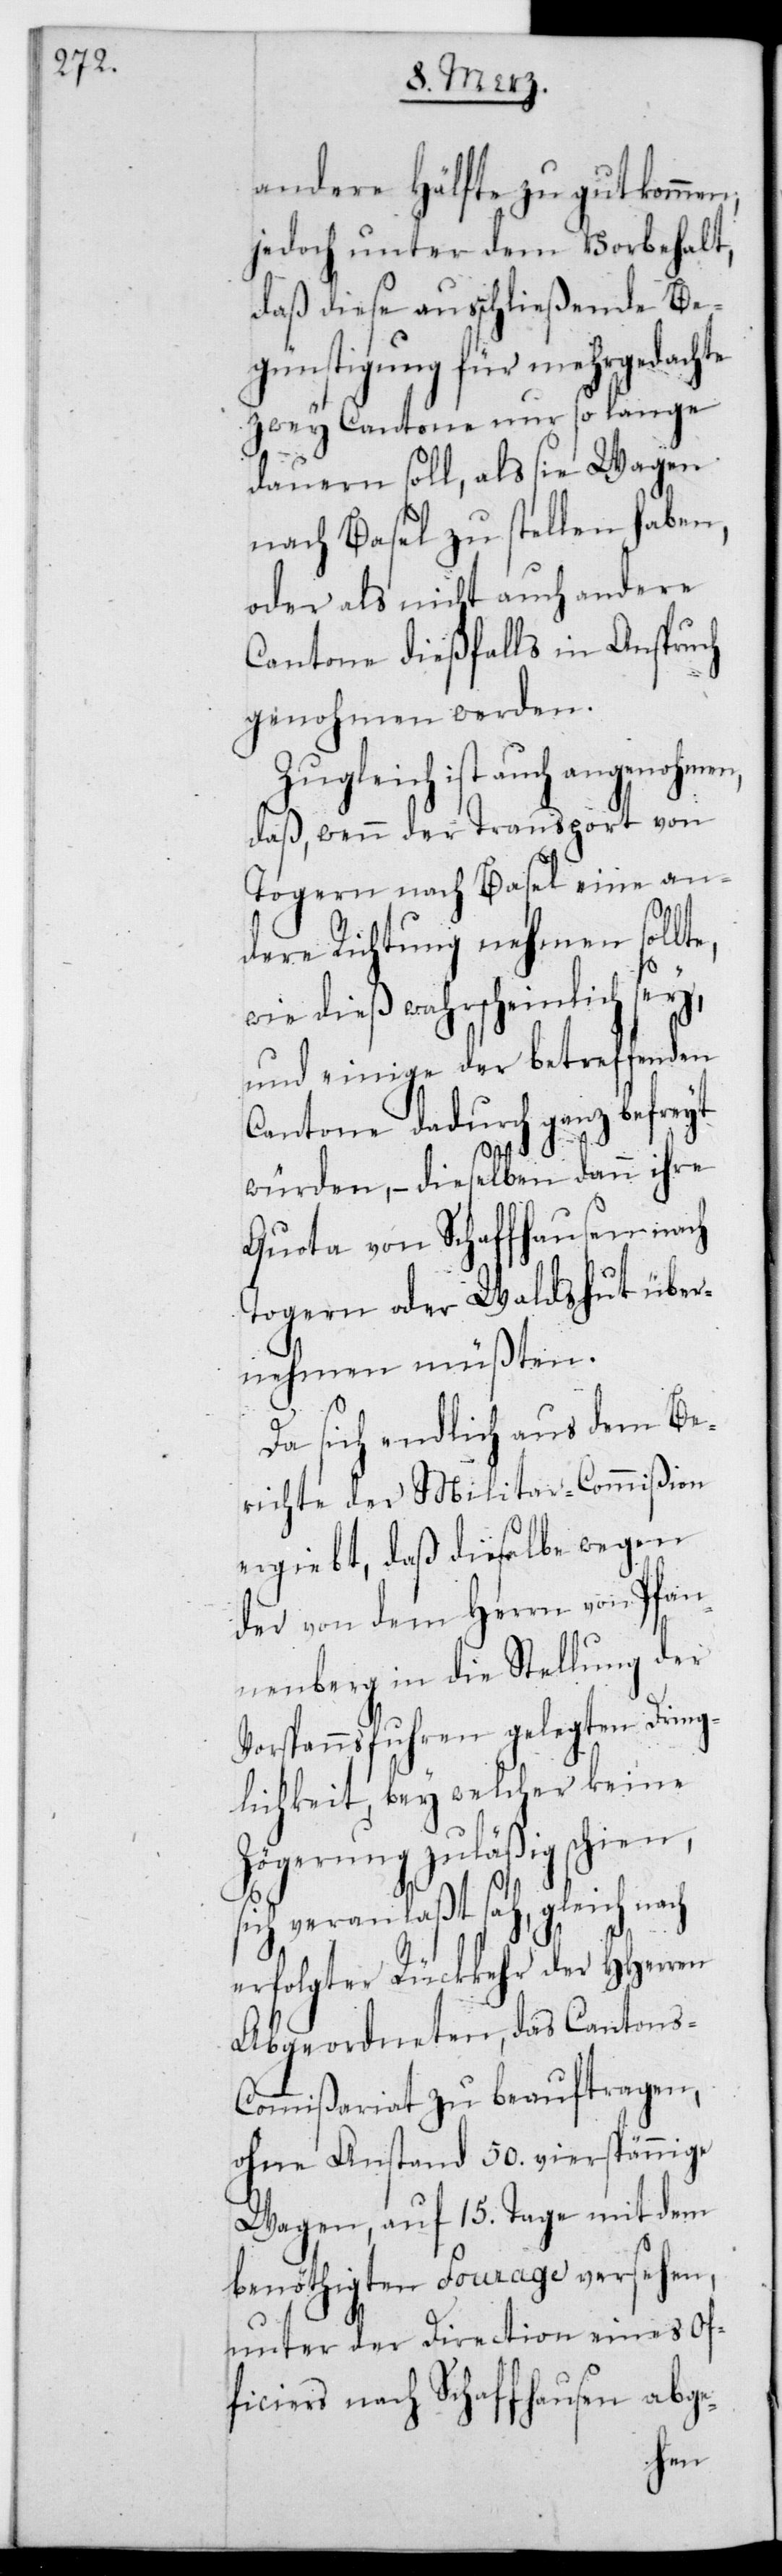
andere Hälfte zu gut kommen,
jedoch unter dem Vorbehalt,
daß diese ausschließende Be¬
günstigung für mehrgedachte
zwey Cantone nur so lange
dauern soll, als sie Wagen
nach Basel zu stellen haben,
oder als nicht auch andere
Cantone dießfalls in Anspruch
genohmen werden.
Zugleich ist auch angenohmen,
daß wenn der Transport von
Togern nach Basel eine an¬
dere Richtung nehmen sollt¬
e,
wie dieß wahrscheinlich sey,
und einige der betreffenden
Cantone dadurch ganz befreit
würden, – dieselben dann ihre
Quota von Schaffhausen nach
Togern oder Waldshut über¬
nehmen müßten.
Da sich endlich aus dem Be¬
richte der Militar-Commißion
ergiebt, daß dieselbe wegen
der von dem Herrn von Pfan¬
nenberg in die Stellung der
Vorspannfuhren gelegten Dring¬
lichkeit, bey welcher keine
Zögerung zuläßig schien,
sich veranlaßt sah, gleich nach
erfolgter Rückkehr der HHerren
Abgeordneten, das Cantons¬
commißariat zu beauftragen,
ohne Anstand 50. vierspännige
Wagen, auf 15. Tage mit dem
benöthigten Fourage versehen,
unter der Direction eines Of¬
ficiers nach Schaffhausen abge-